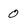
Character: 0